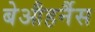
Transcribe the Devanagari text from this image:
बेऔहर्नैस